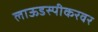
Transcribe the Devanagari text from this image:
लाऊडस्पीकरवर